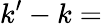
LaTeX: k^{\prime}-k=